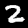
Label: 2